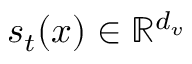
s _ { t } ( x ) \in \mathbb { R } ^ { d _ { v } }